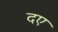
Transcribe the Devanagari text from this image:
दए